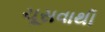
ચૂસવાથી